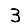
Digit: 3